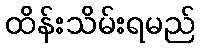
ထိန်းသိမ်းရမည်